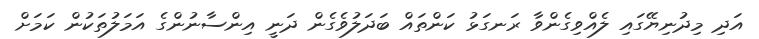
އަދި މިދުނިޔޭގައި ލެއްވިގެންވާ ރަނގަޅު ކަންތައް ބަދަލުވެގެން ދަނީ އިންސާނުންގެ އަމަލުތަކުން ކަމަށް